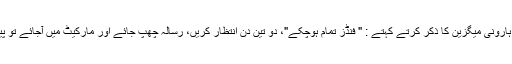
جس وقت مُنشی ہارونی میگزین کا ذکر کرتے کہتے : " فنڈز تمام ہوچکے"، دو تین دن انتظار کریں، رسالہ چھپ جائے اور مارکیٹ میں آجائے تو پیسے آجائیں گے۔